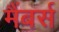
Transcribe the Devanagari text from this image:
मैंबर्स